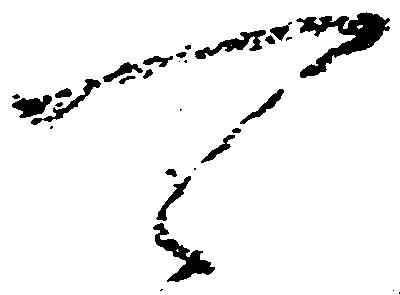
可